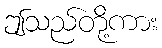
ဤသည်တို့ကား